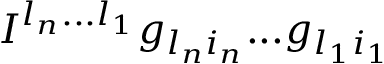
I ^ { l _ { n } . . . l _ { 1 } } g _ { l _ { n } i _ { n } } . . . g _ { l _ { 1 } i _ { 1 } }